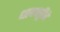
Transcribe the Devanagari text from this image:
धावपट्टीचे